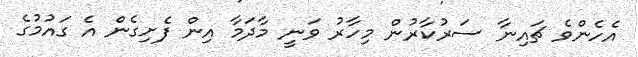
އެހެންވެ ޗައިނާ ސަރުކާރުން މިހާރު ވަނީ މާދަމާ އިން ފެށިގެން އެ ގައުމުގެ